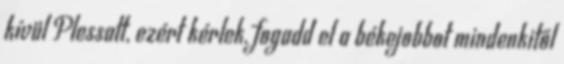
kívül Plessatt, ezért kérlek, fogadd el a békejobbot mindenkitől